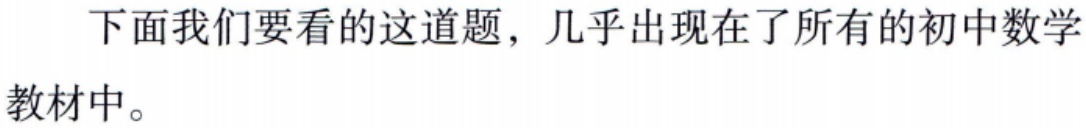
下面我们要看的这道题，几乎出现在了所有的初中数学教材中。